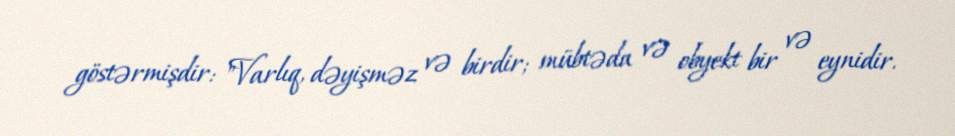
göstərmişdir: "Varlıq, dəyişməz və birdir; mübtəda və obyekt bir və eynidir.